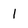
Character: 1